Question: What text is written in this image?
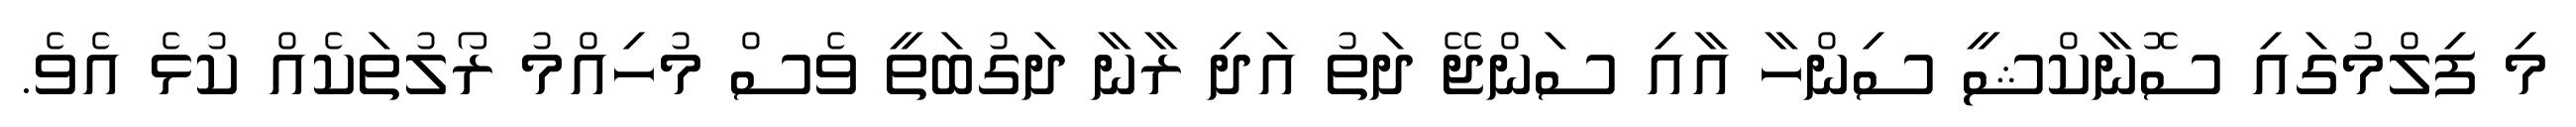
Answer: މި ފިލްމުގައި ސޮނާކްޝީ ސިންހާ އާއި ސަންޖޭ ދަތު އަދި ރާނާ ދަގުބަތީ ވެސް މުހިއްމު ރޯލުތަކެއް ކުޅެ އެވެ.